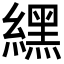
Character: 𦄿